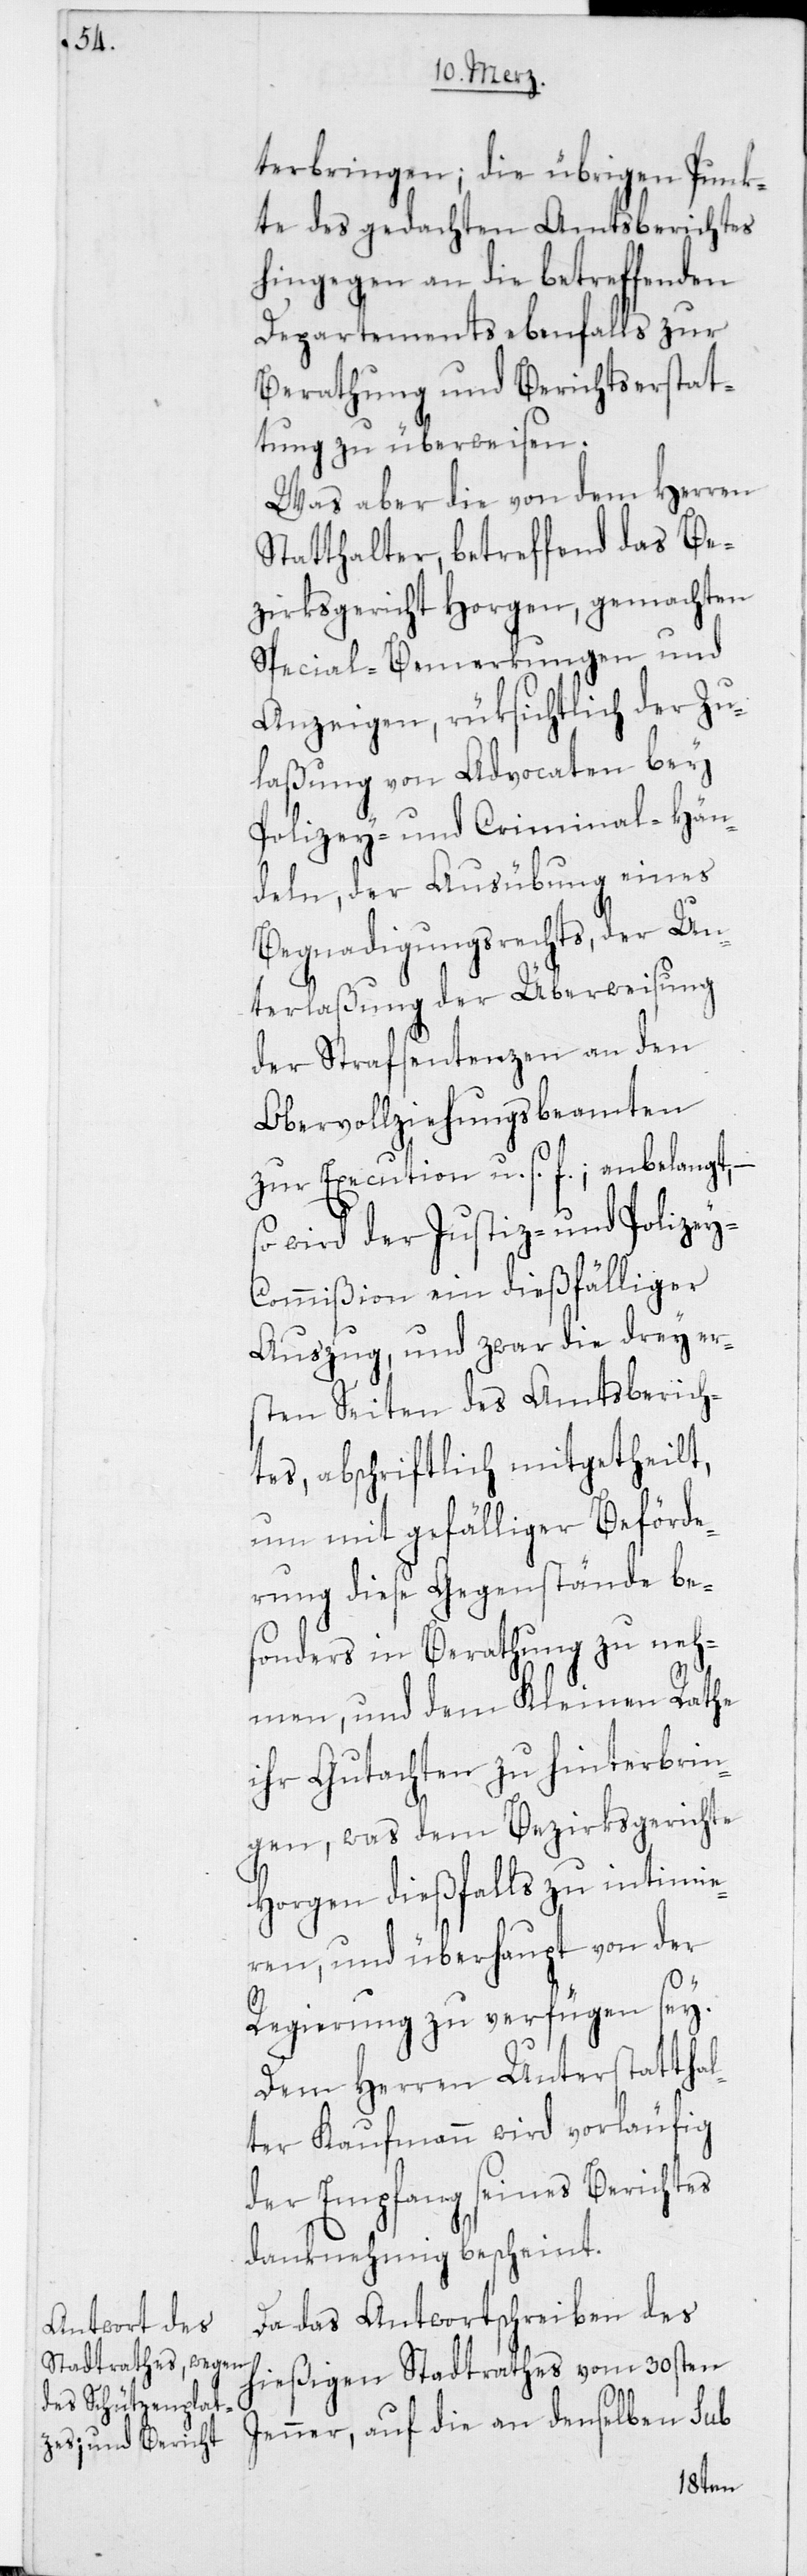
terbringen; die übrigen Punk¬
te des gedachten Amtsberichtes
hingegen an die betreffenden
Departements ebenfalls zur
Berathung und Berichtserstat¬
tung zu überweisen.
Was aber die von dem Herren
Statthalter, betreffend das Be¬
zirksgericht Horgen, gemachten
Special-Bemerkungen und
Anzeigen, rüksichtlich der Zu¬
laßung von Advocaten bey
Polizey- und Criminal-Hän¬
deln, der Ausübung eines
Begnadigungsrechts, der Un¬
terlaßung der Überweisung
der Strafsentenzen an den
Obervollziehungsbeamten
zur Execution u. s. f.; anbelangt, –
so wird der Justiz- und Polizey-C¬
ommißion ein dießfälliger
Auszug, und zwar die drey er¬
sten Seiten des Amtsberich¬
tes, abschriftlich mitgetheilt,
um mit gefälliger Beförde¬
rung diese Gegenstände be¬
sonders in Berathung zu neh¬
men, und dem Kleinen Rathe
ihr Gutachten zu hinterbrin¬
gen, was dem Bezirksgerichte
Horgen dießfalls zu intimie¬
ren, und überhaupt von der
Regierung zu verfügen sey.
Dem Herren Unterstatthal¬
ter Kaufmann wird vorläufig
der Empfang seines Berichtes
danknehmig bescheint.
Da das Antwortschreiben des
hießigen Stadtrathes vom 30sten
Jenner, auf die an denselben sub